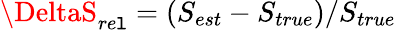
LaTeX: \DeltaS_{re\mathtt{l}}=(S_{est}-S_{true})/S_{true}